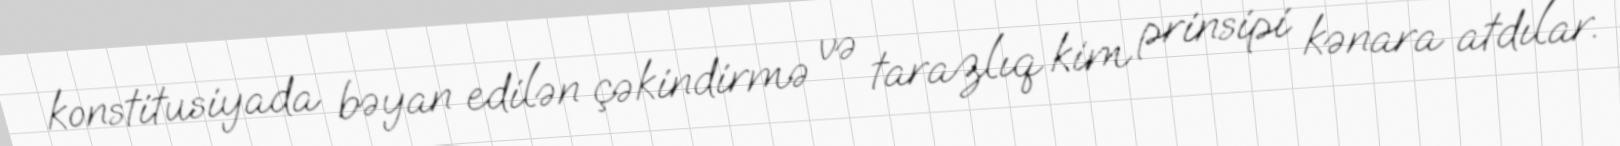
konstitusiyada bəyan edilən çəkindirmə və tarazlıq kim prinsipi kənara atdılar.